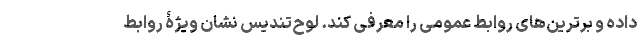
داده و برترین‌های روابط عمومی را معرفی کند. لوح‌تندیس نشان ویژۀ روابط